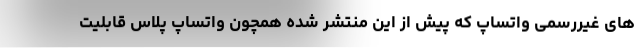
های غیررسمی واتساپ که پیش از این منتشر شده همچون واتساپ پلاس قابلیت